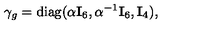
\gamma _ { g } = { \mathrm { d i a g } } ( \alpha { \bf I } _ { 6 } , \alpha ^ { - 1 } { \bf I } _ { 6 } , { \bf I } _ { 4 } ) ,